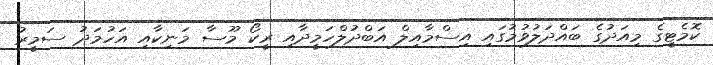
ކޮމެޓީގެ މިއަދުގެ ބައްދަލުވުމުގައި އިސްމާއިލް އަބްދުލްހަމީދާއި ރީކޯ މޫސާ މަނިކާއި އަހުމަދު ސަމީރު